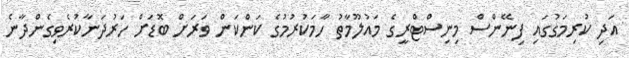
އަދި ކުރިމަގުގައި ފިނޭންސް މިނިސްޓްރީގެ މައުލޫމާތު ހާމަކުރުމުގެ ކަންކަން ވަރަށް ބޮޑަށް ހަރުދަނާކުރެވިގެންދާނެ